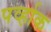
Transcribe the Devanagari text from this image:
पर्व्हाक